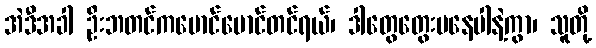
အဲဒီအခါ ဦးဘတင်ကမောင်မောင်တင်ရယ်၊ ဒါတွေတွေးမနေပါနဲ့ကွာ၊ သူတို့